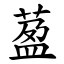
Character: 萾